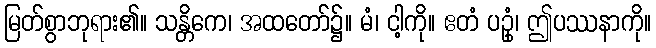
မြတ်စွာဘုရား၏။ သန္တိကေ၊ အထတော်၌။ မံ၊ ငါ့ကို။ ဧတံ ပဥှံ၊ ဤပဿနာကို။